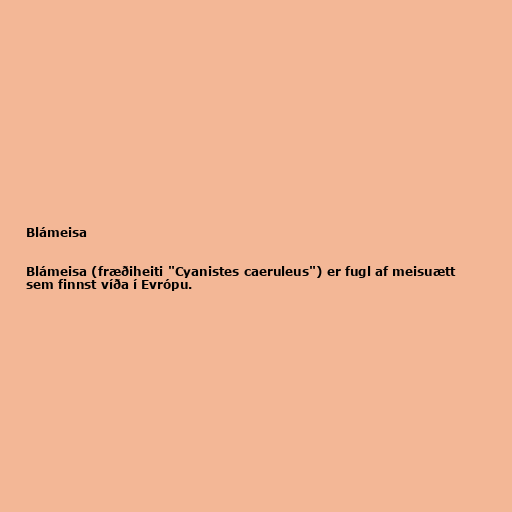
Blámeisa

Blámeisa (fræðiheiti "Cyanistes caeruleus") er fugl af meisuætt
sem finnst víða í Evrópu.